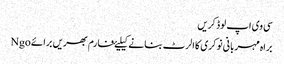
سی وی اپ لوڈ کریں
براہ مہربانی نوکری کا الرٹ بنانے کیلیۓ فارم بھریں برائے Ngo